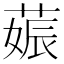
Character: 𦵢